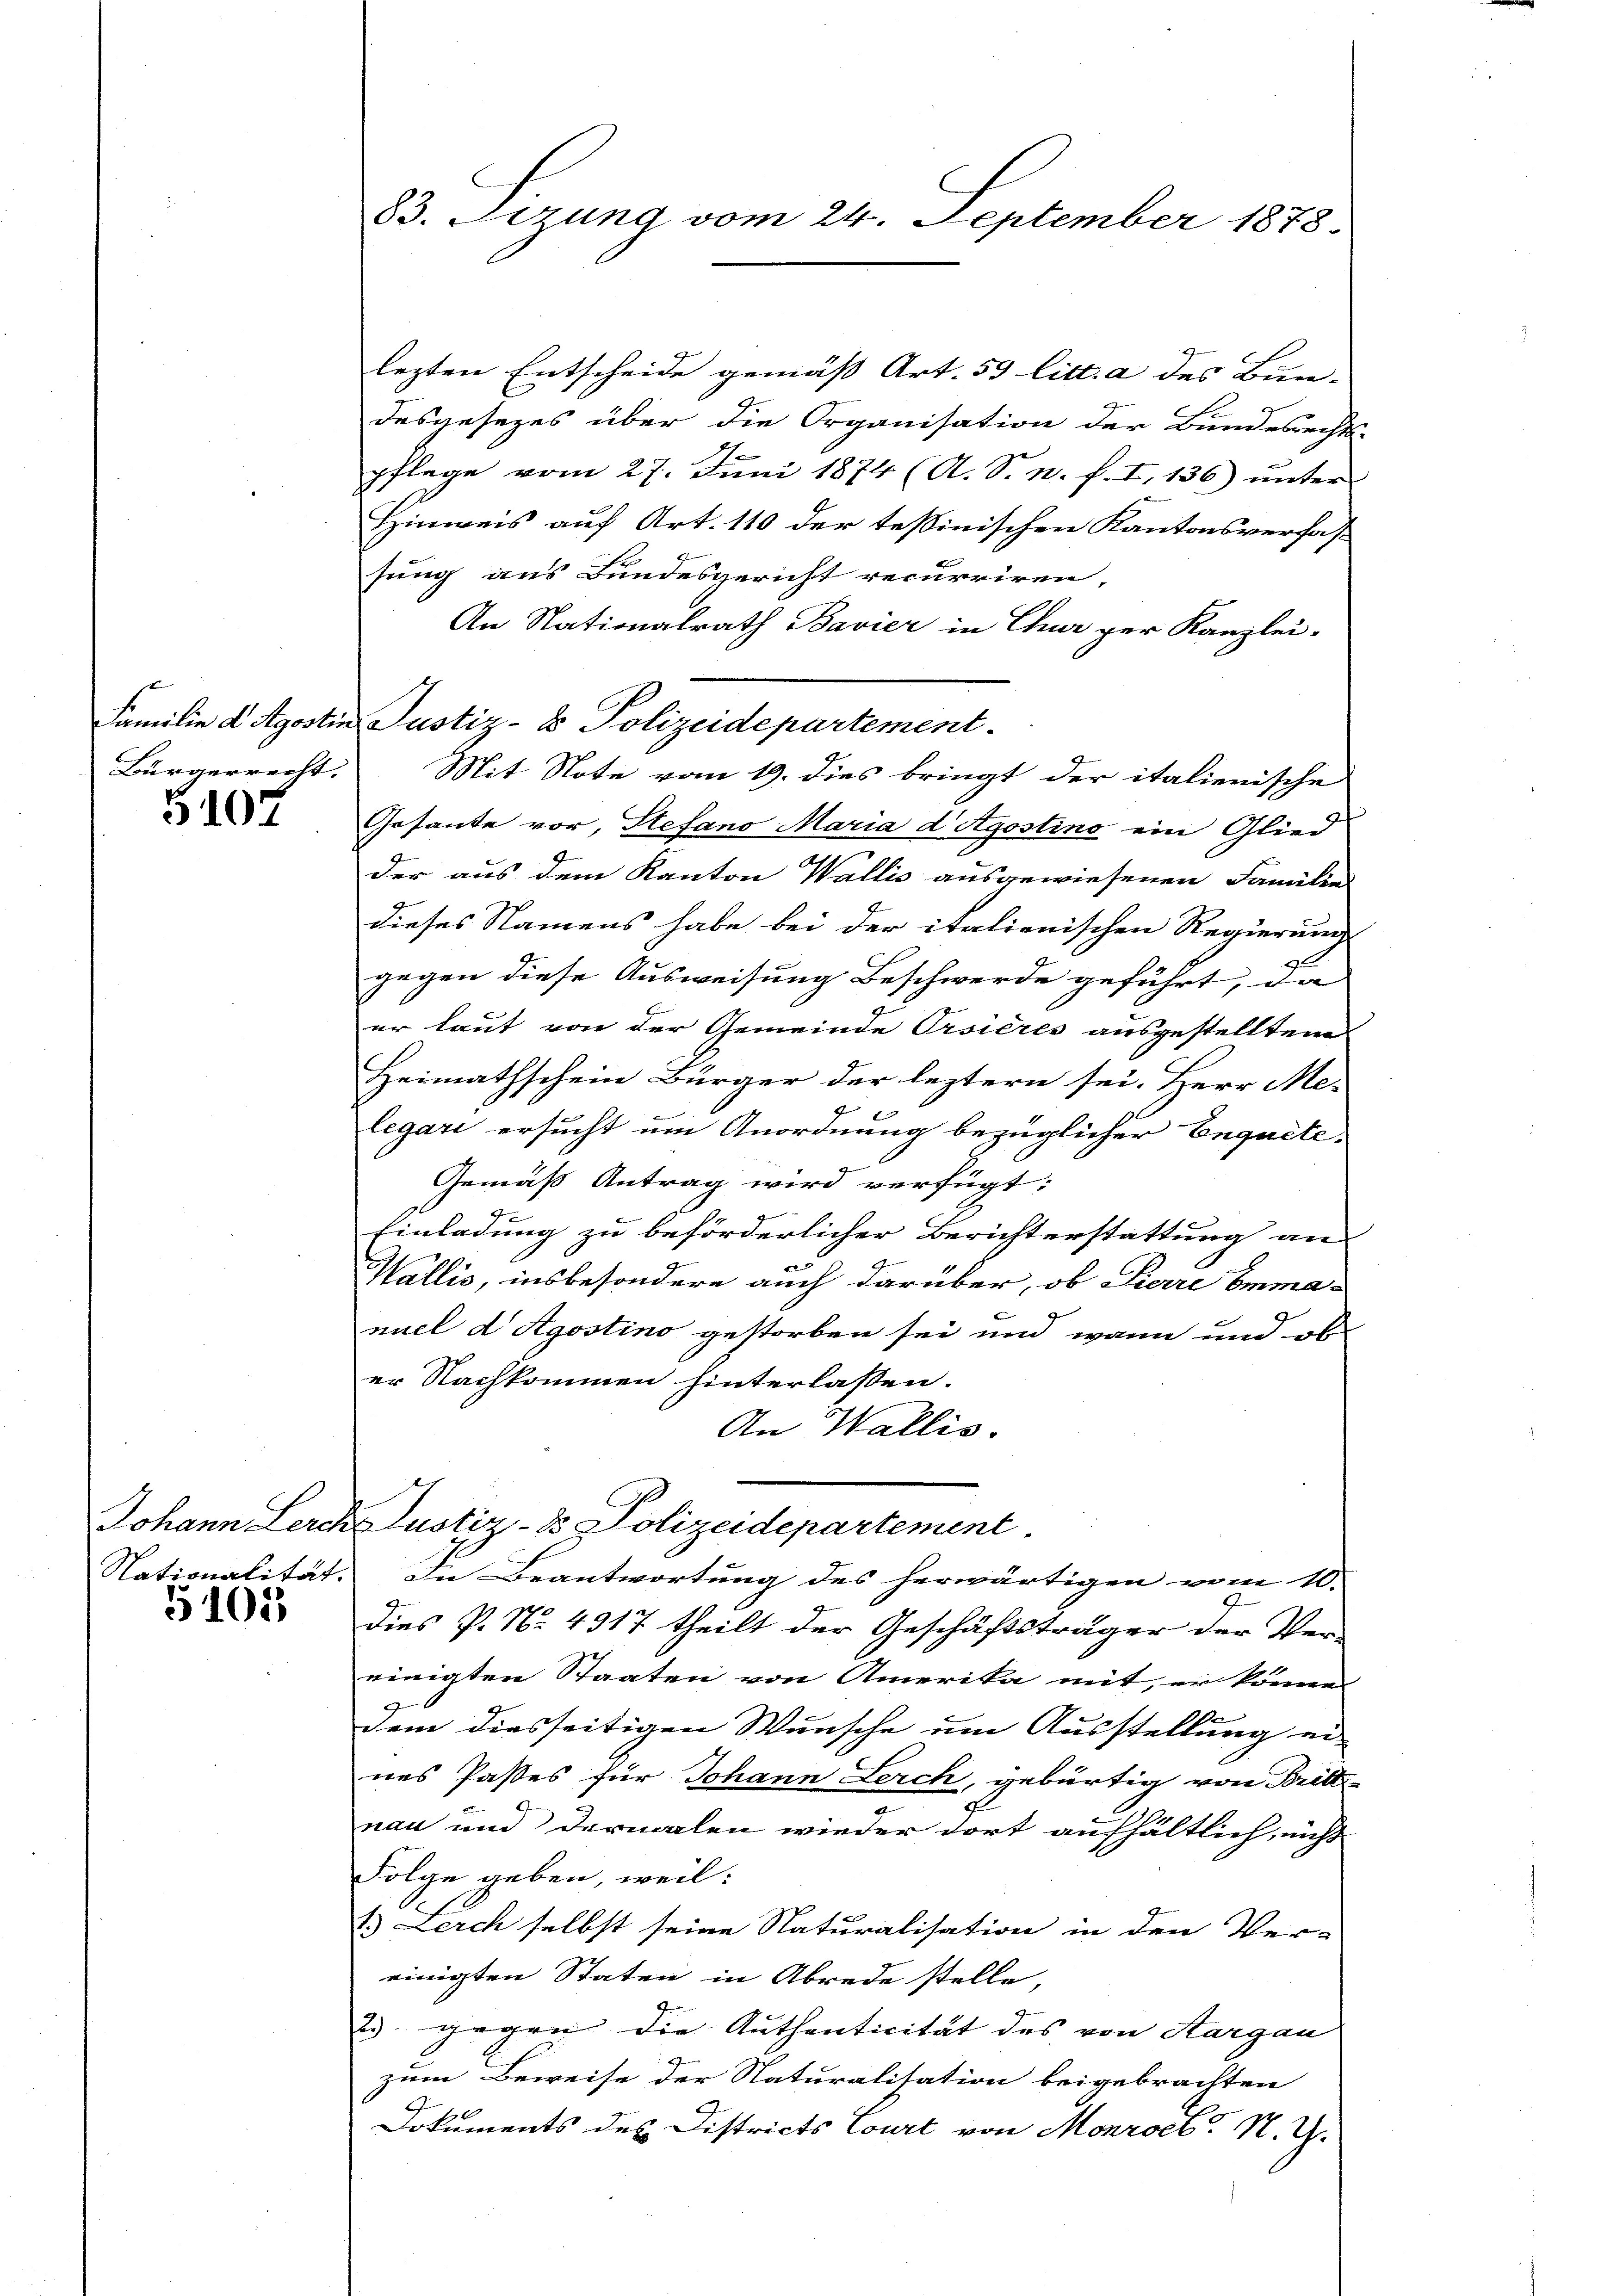
Bürgerrecht,

5107

5103

83. Sezung vom 24. September 1878.

lezten Entscheide gemäß Art. 53 litt. a des Bun-
desgesezes über die Organisation der Bundesrecht
pflege vom 27. Juni 1874 (A. S. n. f. I, 136) unter
Hinweis auf Art. 110 der tessinischen Kantonsverfas
sung aus Bundesgericht recurriren,
An Nationalrath Bavier in Chur per Kanzlei-
Familie d Agostin Justiz- & Polizeidepartement.
Mit Note vom 19. dies bringt der italienische
Gesante vor, Stefano Maria d Agostino ein Glied
der aus dem Kanton Wallis ausgewiesenen Familie
dieses Namens habe bei der italienischen Regierung
gegen diese Ausweisung Beschwerde geführt, da
er laut von der Gemeinde Orsieres ausgestellten
Heimathschein Bürger der leztern sei. Herr Me-
x
inter
legari ersucht um Anordnung bezüglicher Enquete-
Gemäß Antrag wird verfügt:
Einladung zu beförderlicher Berichterstattung an
2
Wallis, insbesondere auch darüber, ob Pierre Emmamuel d Agostino gestorben sei und wann und ob
er Nachkommen hinterlassen.
An Wallis.
Johann Lerch Justiz- & Polizeidepartement
Nationalität. In Beantwortung des herwärtigen vom 10.
dies P. N. 4317 theilt der Geschäftsträger der Ver-
einigten Staaten von Amerika mit, er können
dem diesseitigen Wunsche um Ausstellung er-
nes Paßes für Johann Lerch, gebürtig von Britte-
nau und dermalen wieder dort aufhältlich, nicht
Folge geben, weil:
1.) Lerch selbst seine Naturalisation in den Ver-
einigten Staten in Abrede stelle,
23 gegen die Authenticität des von Aargau
zum Beweise der Naturalisation beigebrachten
Dokuments des Districts Court von Monroes N. G.